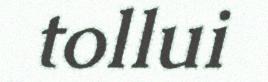
tollui